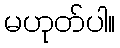
မဟုတ်ပါ။